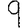
Digit: 9